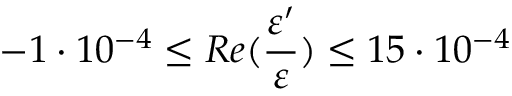
- 1 \cdot 1 0 ^ { - 4 } \leq R e ( \frac { \varepsilon ^ { \prime } } { \varepsilon } ) \leq 1 5 \cdot 1 0 ^ { - 4 }